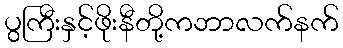
ပွကြီးနှင့်ဖိုးနီတို့ကဘာလက်နက်